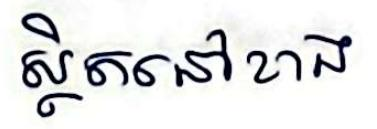
ស្ថិតនៅខាង